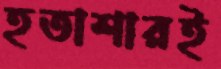
হতাশারই